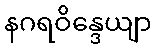
နဂရဝိန္ဒေယျာ